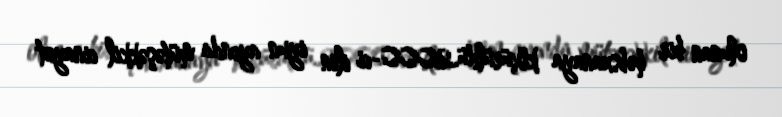
olunan bir həbsxanaya köçürüldü.2000-ci ilin iyun ayında mütəşəkkil cinayət